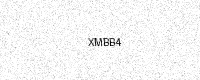
Text: XMBB4